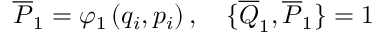
\overline { { { P } } } _ { 1 } = \varphi _ { 1 } \left( q _ { i } , p _ { i } \right) , \quad \{ \overline { { { Q } } } _ { 1 } , \overline { { { P } } } _ { 1 } \} = 1